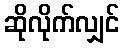
ဆိုလိုက်လျှင်